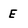
Character: E